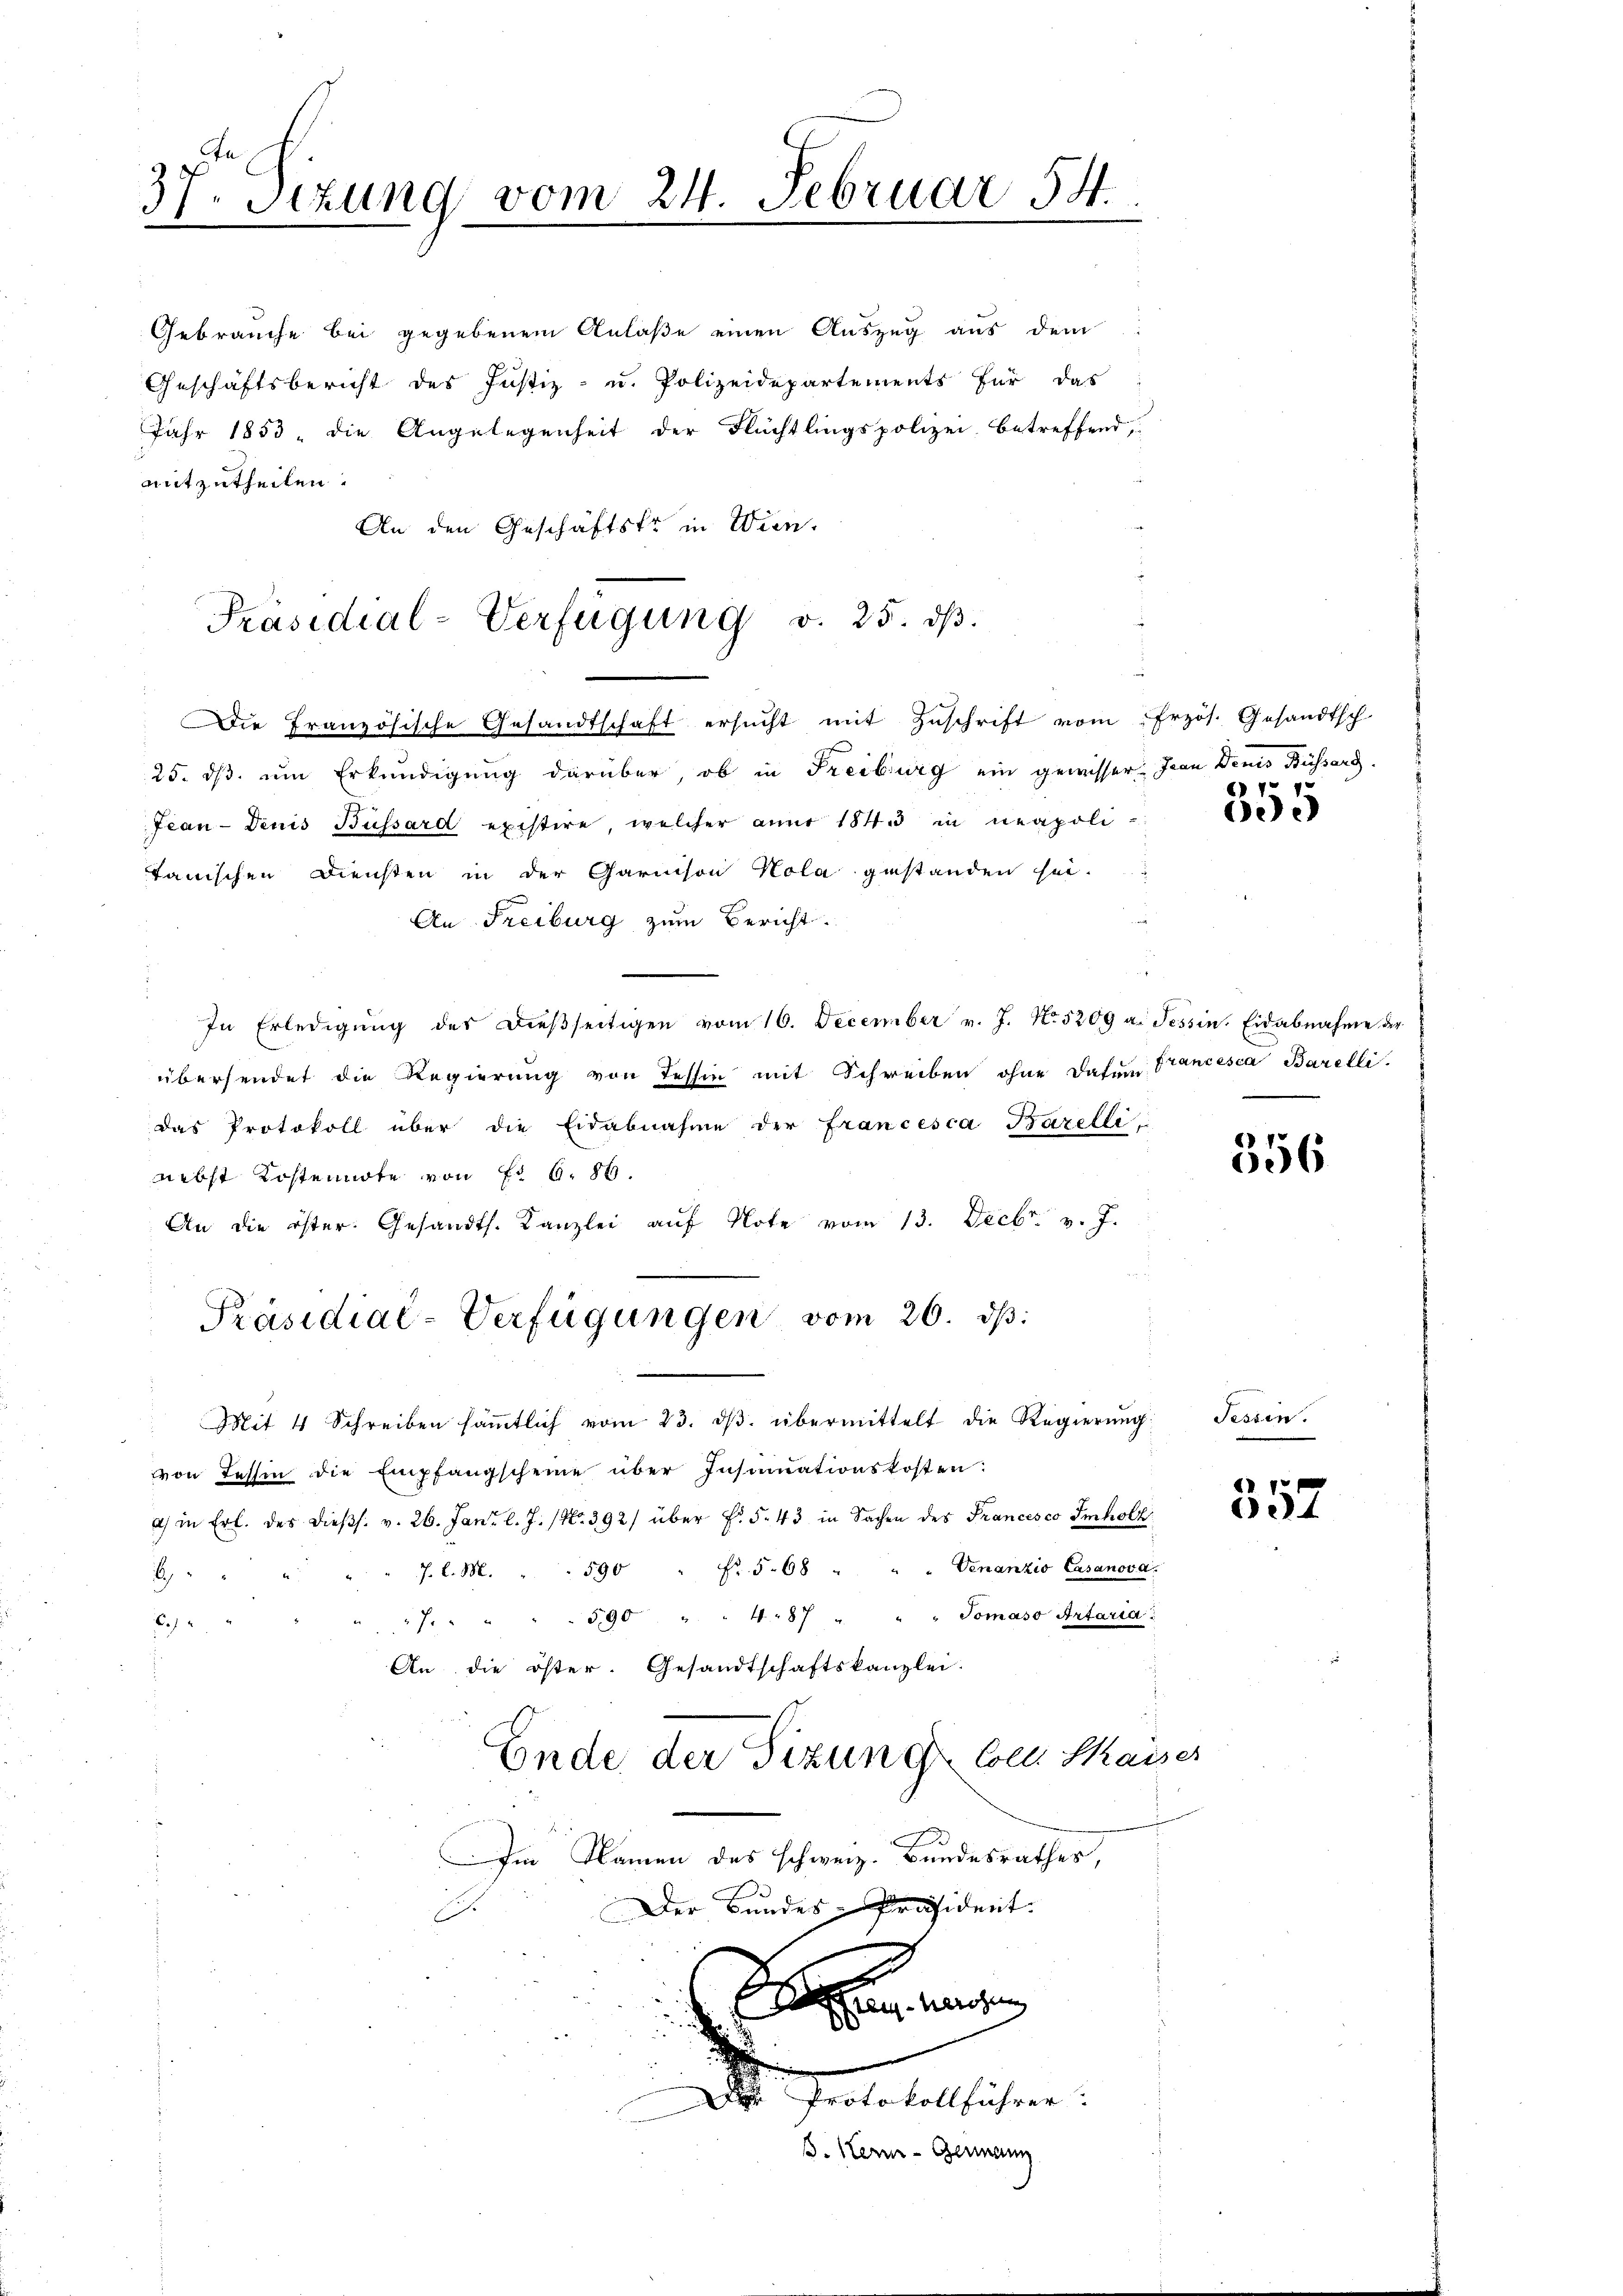
37. Setzung vom 24. Februar 54.

Gebrauche bei gegebenem Anlaße einen Auszug aus dem
Geschäftsbericht des Justiz- u. Polizeidepartements für das
Jahr 1853, die Angelegenheit der Flüchtlingspolizei betreffend,
mitzutheilen.
An den Geschäftske in Wien.
Präsidial-Verfügung v. 25. dβ.

Die Französische Gesandtschaft ersŭcht mit Zŭschrift vom frzös. Gesandtsch-

Präsidial-Verfügungen vom 26. ds.

25. dß um Erkundigung darüber, ob in Freiburg ein gewisser. Jean Denis Büssard
Jean-Denis Büssard existire, welcher anno 1843 in neapoli-
tanischen Diensten in der Garnison Kola gestanden sei.
n
An-Freiburg zum Bericht.
In Erledigung der dießseitigen vom 16. December v. J. N. 5209 u. Tessin. Eidabnahme der
übersendet die Regierung von Tessin mit Schreiben ohne daher Francesca Barelli.
das Protokoll über die Eidabnahme der Francesca Barelli
nebst Kostennote von E. 6. 86.
An die öster. Gesandts. Kanzlei aŭf Note vom 13. Decbr. v. J.
Mit 4 Schreiben säṁtlich vom 23. dβ übermittelt die Regierung
von Tessin die Empfangscheine über Insinuationskosten:
) in Erl. des dieβs. v. 26. Jan. l. J. (Nr. 392/ über Fr. 5. 43 in Sachen des Francesco Imholz
. l. M. . . 590 " fr. 568 " " " Venanzio Casanova.
b
7. " " " 590 " " 487 " " " Jomaso Artaria"
61
An die öster. Gesandtschaftskanzlei.
Ende der Sitzung Colle Kaiser
Im Namen des schweiz. Bundesrathes,
Der Bundes-Präsident.
.
Seen, wen
i
Der Protokollführer
B. Kern-Germann

677

ee

356

Tessin.

357